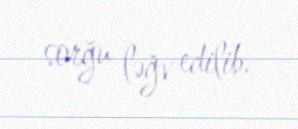
sorğu ləğv edilib.